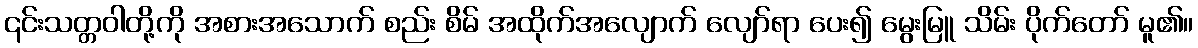
၎င်းသတ္တဝါတို့ကို အစားအသောက် စည်း စိမ် အထိုက်အလျောက် လျော်ရာ ပေး၍ မွေးမြူ သိမ်း ပိုက်တော် မူ၏။